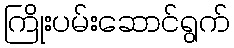
ကြိုးပမ်းဆောင်ရွက်